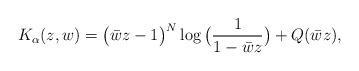
LaTeX: \begin{align*}K_{\alpha}(z,w)=\big(\bar{w}z-1\big)^{N}\log\big(\dfrac{1}{1-\bar{w}z}\big)+Q(\bar{w}z),\end{align*}